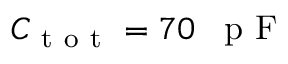
C _ { \mathrm { ~ t ~ o ~ t ~ } } = 7 0 \mathrm { ~ \, ~ p ~ F ~ }